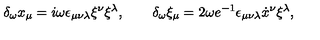
\delta _ { \omega } x _ { \mu } = i { \omega } \epsilon _ { \mu \nu \lambda } \xi ^ { \nu } \xi ^ { \lambda } , \qquad \delta _ { \omega } \xi _ { \mu } = 2 { \omega } e ^ { - 1 } \epsilon _ { \mu \nu \lambda } \dot { x } { } ^ { \nu } \xi ^ { \lambda } ,